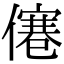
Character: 𠎾